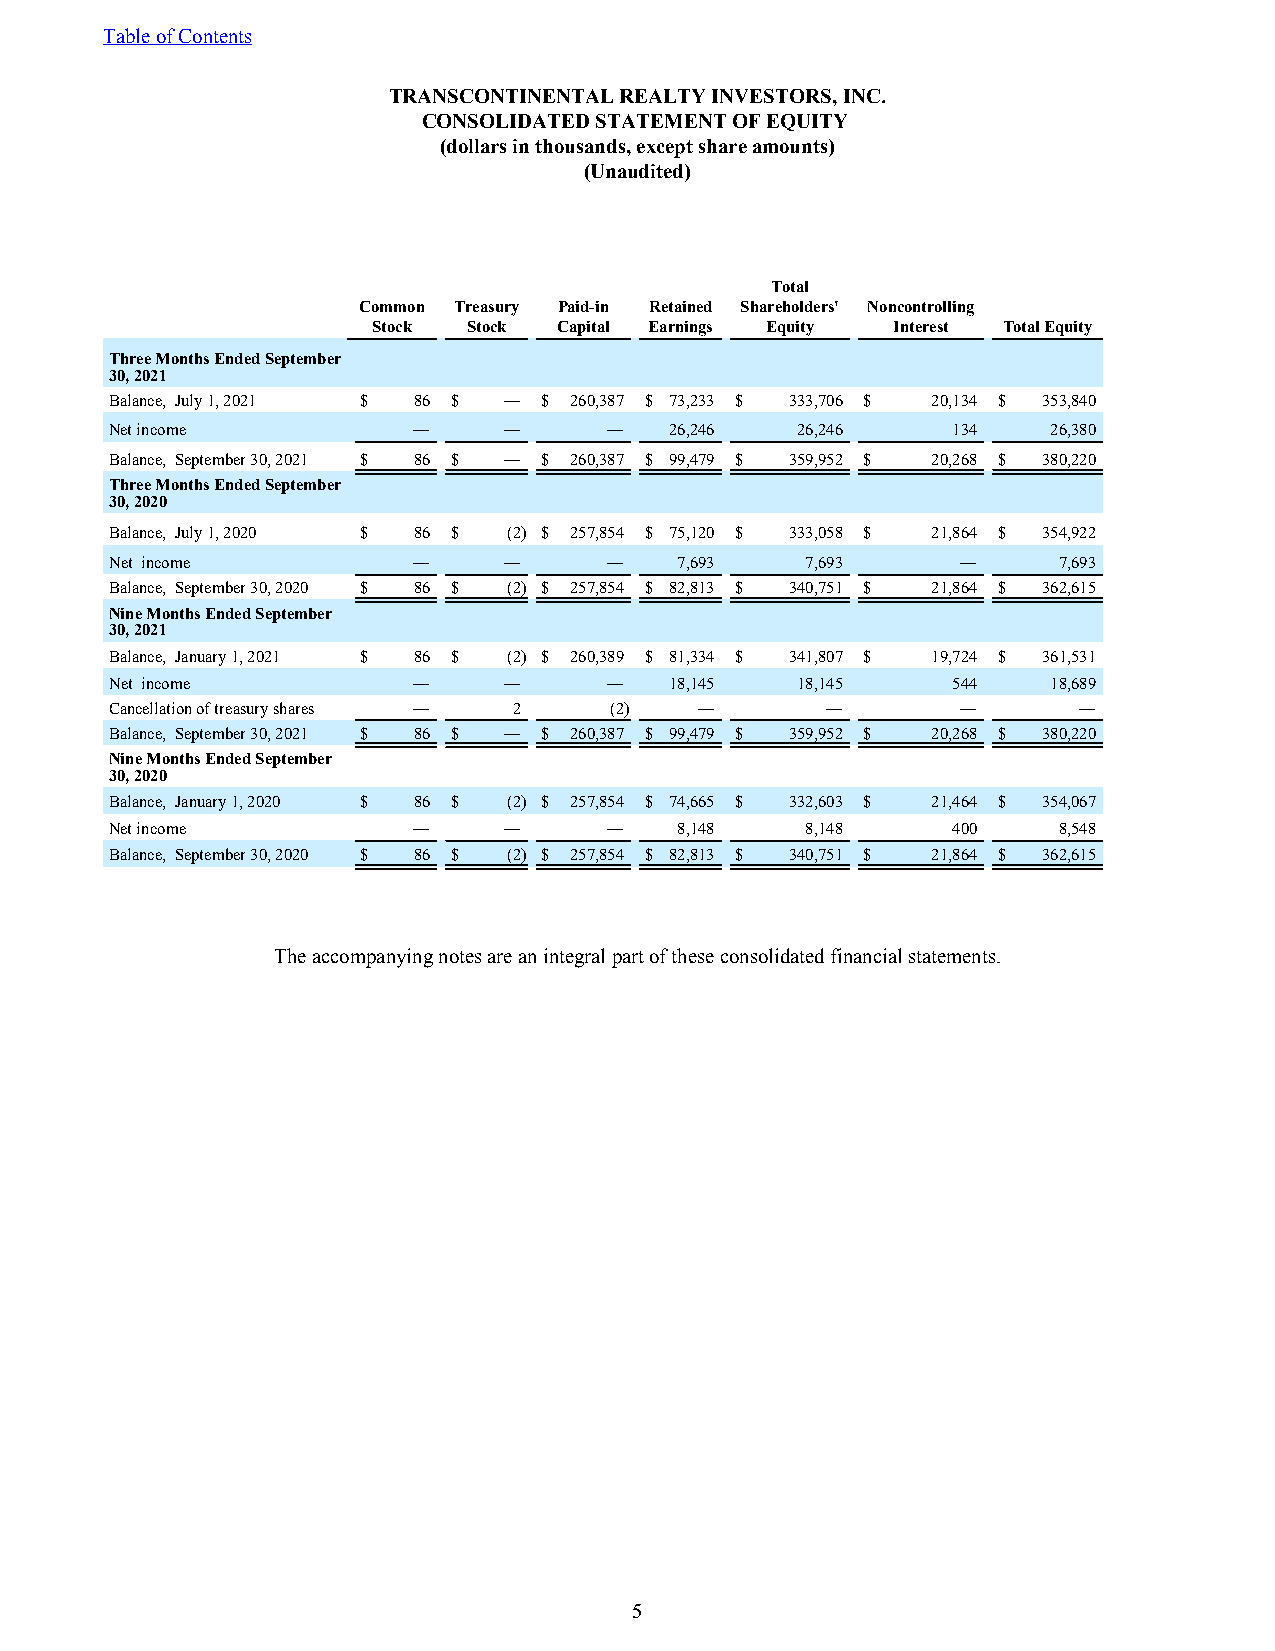
Table of Contents
 TRANSCONTINENTAL REALTY INVESTORS, INC.
 CONSOLIDATED STATEMENT OF EQUITY
 (dollars in thousands, except share amounts)
 (Unaudited)
 Total
 Common Treasury Paid-in Retained Shareholders' Noncontrolling
 Stock Stock Capital Earnings Equity Interest Total Equity
 Three Months Ended September
 30, 2021
 Balance, July 1, 2021 $ 86 $ — $ 260,387 $ 73,233 $ 333,706 $ 20,134 $ 353,840
 Net income          —     —      —   26,246   26,246    134    26,380
 Balance, September 30, 2021 $ 86 $ — $ 260,387 $ 99,479 $ 359,952 $ 20,268 $ 380,220
 Three Months Ended September
 30, 2020
 Balance, July 1, 2020 $ 86 $ (2) $ 257,854 $ 75,120 $ 333,058 $ 21,864 $ 354,922
 Net income          —     —      —    7,693   7,693      —     7,693
 Balance, September 30, 2020 $ 86 $ (2) $ 257,854 $ 82,813 $ 340,751 $ 21,864 $ 362,615
 Nine Months Ended September
 30, 2021
 Balance, January 1, 2021 $ 86 $ (2) $ 260,389 $ 81,334 $ 341,807 $ 19,724 $ 361,531
 Net income          —     —      —   18,145   18,145    544    18,689
 Cancellation of treasury shares — 2 (2) —       —        —      —
 Balance, September 30, 2021 $ 86 $ — $ 260,387 $ 99,479 $ 359,952 $ 20,268 $ 380,220
 Nine Months Ended September
 30, 2020
 Balance, January 1, 2020 $ 86 $ (2) $ 257,854 $ 74,665 $ 332,603 $ 21,464 $ 354,067
 Net income          —     —      —    8,148   8,148     400    8,548
 Balance, September 30, 2020 $ 86 $ (2) $ 257,854 $ 82,813 $ 340,751 $ 21,864 $ 362,615
 The accompanying notes are an integral part of these consolidated financial statements.
 5